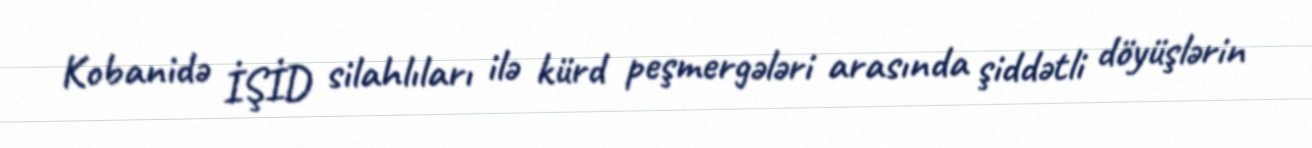
Kobanidə İŞİD silahlıları ilə kürd peşmergələri arasında şiddətli döyüşlərin